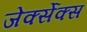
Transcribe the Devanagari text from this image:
जेर्क्सेक्स